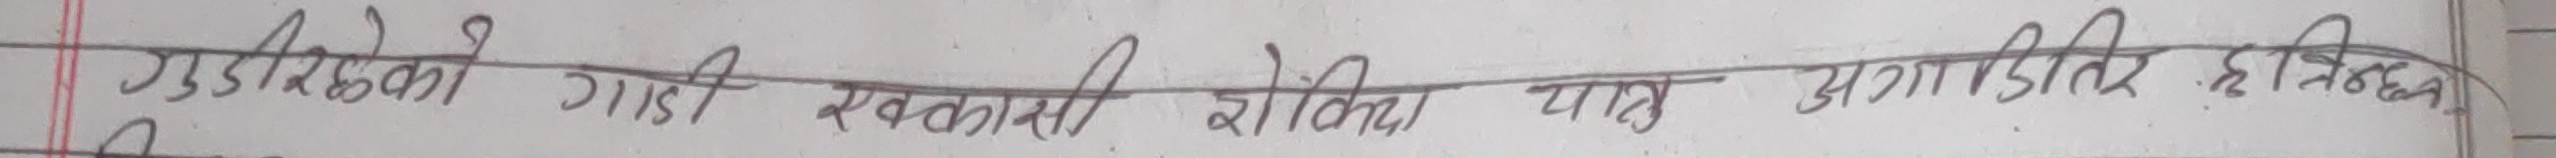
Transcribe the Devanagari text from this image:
गुडिरहेको गाडी स्ववसायी रोक्न चालु अग्राह्य हटिबन्ध